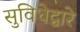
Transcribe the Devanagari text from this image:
सुविधेद्वारे